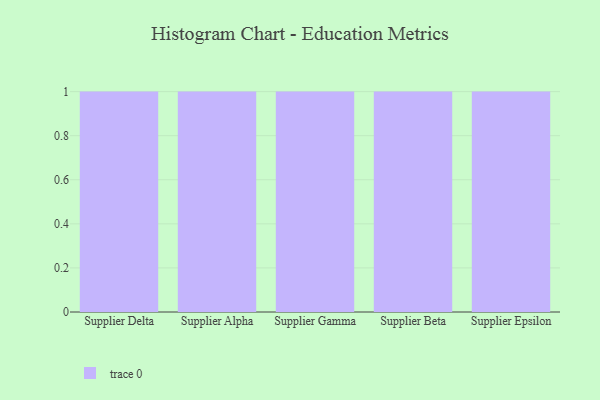
{"axis": {"x": "Supplier", "y": "Temperature (°C)"}, "legend": [""], "data": [{"x": "Supplier Delta", "y": 19, "type": ""}, {"x": "Supplier Alpha", "y": 37, "type": ""}, {"x": "Supplier Gamma", "y": 9, "type": ""}, {"x": "Supplier Beta", "y": 96, "type": ""}, {"x": "Supplier Epsilon", "y": 63, "type": ""}]}